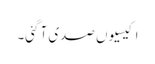
اکیسیوں صدی آ گئی۔